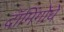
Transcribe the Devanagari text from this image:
दॉमिंगोचे